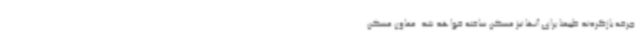
چرخه بازگردند طبیعتاً برای آنها نیز مسکن ساخته خواهد شد. معاون مسکن